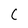
Character: C